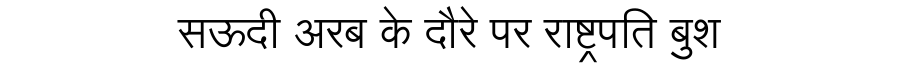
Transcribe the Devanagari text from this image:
सऊदी अरब के दौरे पर राष्ट्रपति बुश